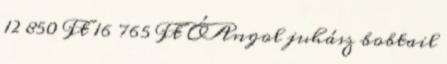
12 850 Ft 16 765 Ft ÓAngol juhász bobtail